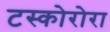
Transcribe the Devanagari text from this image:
टस्कोरोरा